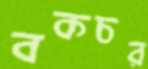
বকচর